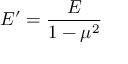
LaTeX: E ^ { \prime } = { \frac { E } { 1 - \mu ^ { 2 } } }